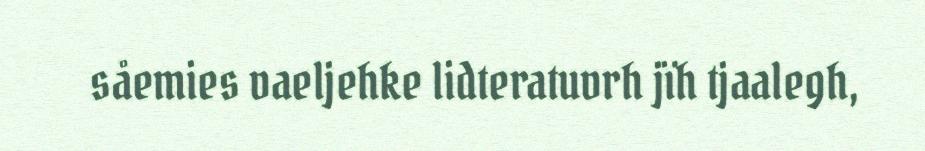
såemies vaeljehke lidteratuvrh jïh tjaalegh,